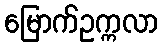
မြောက်ဥက္ကလာ